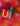
أنا